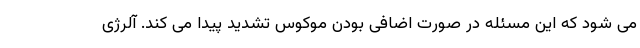
می شود که این مسئله در صورت اضافی بودن موکوس تشدید پیدا می کند. آلرژی